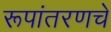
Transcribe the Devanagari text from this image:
रूपांतरणचे